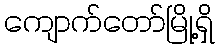
ကျောက်တော်မြို့ရှိ